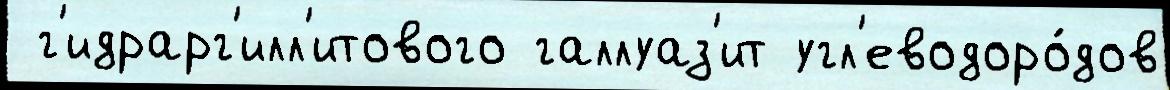
 г'идрарг'илл'итового галлуаз'ит угл'еводоро́дов